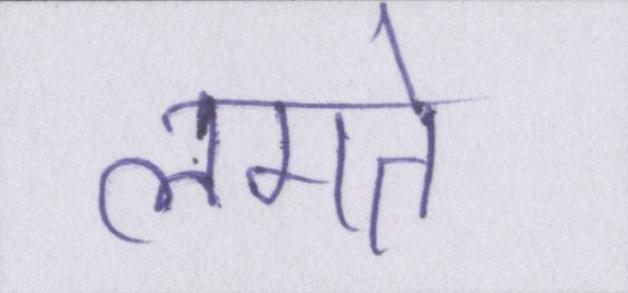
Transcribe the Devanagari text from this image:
लगते